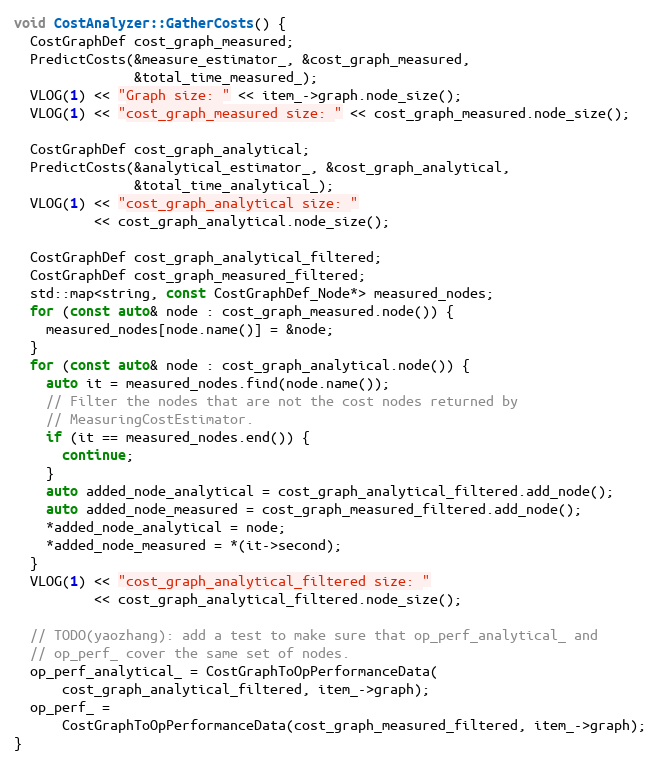
Language: C++
void CostAnalyzer::GatherCosts() {
  CostGraphDef cost_graph_measured;
  PredictCosts(&measure_estimator_, &cost_graph_measured,
               &total_time_measured_);
  VLOG(1) << "Graph size: " << item_->graph.node_size();
  VLOG(1) << "cost_graph_measured size: " << cost_graph_measured.node_size();

  CostGraphDef cost_graph_analytical;
  PredictCosts(&analytical_estimator_, &cost_graph_analytical,
               &total_time_analytical_);
  VLOG(1) << "cost_graph_analytical size: "
          << cost_graph_analytical.node_size();

  CostGraphDef cost_graph_analytical_filtered;
  CostGraphDef cost_graph_measured_filtered;
  std::map<string, const CostGraphDef_Node*> measured_nodes;
  for (const auto& node : cost_graph_measured.node()) {
    measured_nodes[node.name()] = &node;
  }
  for (const auto& node : cost_graph_analytical.node()) {
    auto it = measured_nodes.find(node.name());
    // Filter the nodes that are not the cost nodes returned by
    // MeasuringCostEstimator.
    if (it == measured_nodes.end()) {
      continue;
    }
    auto added_node_analytical = cost_graph_analytical_filtered.add_node();
    auto added_node_measured = cost_graph_measured_filtered.add_node();
    *added_node_analytical = node;
    *added_node_measured = *(it->second);
  }
  VLOG(1) << "cost_graph_analytical_filtered size: "
          << cost_graph_analytical_filtered.node_size();

  // TODO(yaozhang): add a test to make sure that op_perf_analytical_ and
  // op_perf_ cover the same set of nodes.
  op_perf_analytical_ = CostGraphToOpPerformanceData(
      cost_graph_analytical_filtered, item_->graph);
  op_perf_ =
      CostGraphToOpPerformanceData(cost_graph_measured_filtered, item_->graph);
}